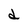
Character: d